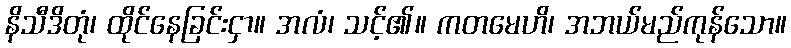
နိသီဒိတုံ၊ ထိုင်နေခြင်းငှာ။ အလံ၊ သင့်၏။ ကတမေဟိ၊ အဘယ်မည်ကုန်သော။